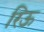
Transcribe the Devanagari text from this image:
रिऊ